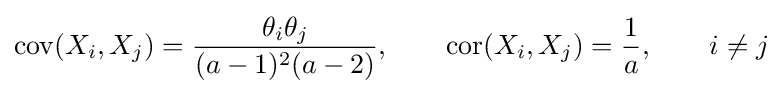
\operatorname {cov} (X_{i},X_{j})={\frac {\theta _{i}\theta _{j}}{(a-1)^{2}(a-2)}},\qquad \operatorname {cor} (X_{i},X_{j})={\frac {1}{a}},\qquad i\neq j